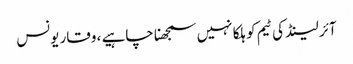
آئر لینڈ کی ٹیم کو ہلکا نہیں سمجھنا چاہیے ، وقار یونس